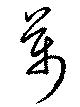
万